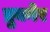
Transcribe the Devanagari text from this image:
ब्रुक्नेर